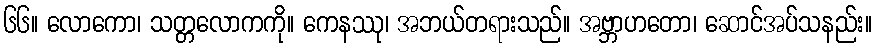
၆၆။ လောကော၊ သတ္တလောကကို။ ကေနဿု၊ အဘယ်တရားသည်။ အဗ္ဘာဟတော၊ ဆောင်အပ်သနည်း။